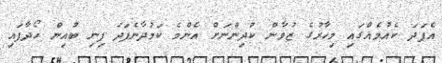
އެފަދަ ކެއުމެއްގައި މިހާރުގެ ޒުވާން ކުދިންނަށް އެންމެ ކަމުދާނެފަދަ ފިނި ބުއިން ހޯދާފައި